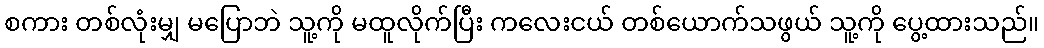
စကား တစ်လုံးမျှ မပြောဘဲ သူ့ကို မထူလိုက်ပြီး ကလေးငယ် တစ်ယောက်သဖွယ် သူ့ကို ပွေ့ထားသည်။